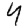
Digit: 4